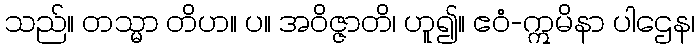
သည်။ တသ္မာ တိဟ။ ပ။ အဝိဇ္ဇာတိ၊ ဟူ၍။ ဧဝံ-ဣမိနာ ပါဌေန၊